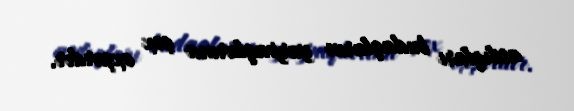
asdıqları budaqların yarpaqlarına çox oxşardır.